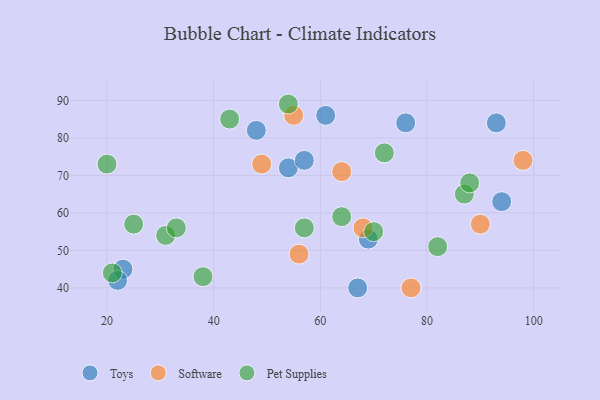
{"axis": {"x": "GDP", "y": "Life Expectancy"}, "legend": ["Pet Supplies", "Software", "Toys"], "data": [{"x": "76", "y": 84, "type": "Toys"}, {"x": "23", "y": 45, "type": "Toys"}, {"x": "93", "y": 84, "type": "Toys"}, {"x": "67", "y": 40, "type": "Toys"}, {"x": "54", "y": 72, "type": "Toys"}, {"x": "48", "y": 82, "type": "Toys"}, {"x": "61", "y": 86, "type": "Toys"}, {"x": "22", "y": 42, "type": "Toys"}, {"x": "57", "y": 74, "type": "Toys"}, {"x": "69", "y": 53, "type": "Toys"}, {"x": "94", "y": 63, "type": "Toys"}, {"x": "64", "y": 71, "type": "Software"}, {"x": "77", "y": 40, "type": "Software"}, {"x": "90", "y": 57, "type": "Software"}, {"x": "49", "y": 73, "type": "Software"}, {"x": "98", "y": 74, "type": "Software"}, {"x": "55", "y": 86, "type": "Software"}, {"x": "68", "y": 56, "type": "Software"}, {"x": "56", "y": 49, "type": "Software"}, {"x": "82", "y": 51, "type": "Pet Supplies"}, {"x": "20", "y": 73, "type": "Pet Supplies"}, {"x": "57", "y": 56, "type": "Pet Supplies"}, {"x": "54", "y": 89, "type": "Pet Supplies"}, {"x": "43", "y": 85, "type": "Pet Supplies"}, {"x": "25", "y": 57, "type": "Pet Supplies"}, {"x": "21", "y": 44, "type": "Pet Supplies"}, {"x": "72", "y": 76, "type": "Pet Supplies"}, {"x": "70", "y": 55, "type": "Pet Supplies"}, {"x": "38", "y": 43, "type": "Pet Supplies"}, {"x": "64", "y": 59, "type": "Pet Supplies"}, {"x": "31", "y": 54, "type": "Pet Supplies"}, {"x": "33", "y": 56, "type": "Pet Supplies"}, {"x": "87", "y": 65, "type": "Pet Supplies"}, {"x": "88", "y": 68, "type": "Pet Supplies"}]}